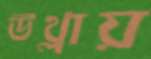
উথ্‌লায়